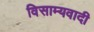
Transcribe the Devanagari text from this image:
विसाम्यवादी